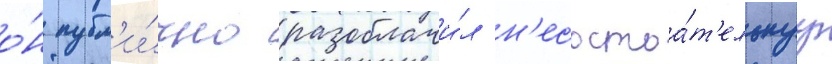
о́н публ'и́чно разоблачи́л н'есостоа́т'ельнуу